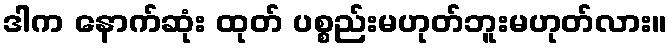
ဒါက နောက်ဆုံး ထုတ် ပစ္စည်းမဟုတ်ဘူးမဟုတ်လား။